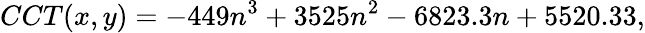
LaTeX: CCT(x,y)=-449n^{3}+3525n^{2}-6823.3n+5520.33,